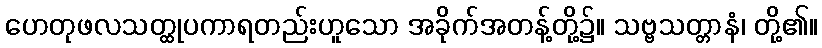
ဟေတုဖလသတ္ထုပကာရတည်းဟူသော အခိုက်အတန့်တို့၌။ သဗ္ဗသတ္တာနံ၊ တို့၏။